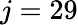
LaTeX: j=29